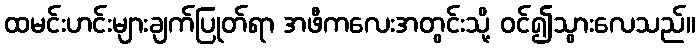
ထမင်းဟင်းများချက်ပြုတ်ရာ အဖီကလေးအတွင်းသို့ ဝင်၍သွားလေသည်။